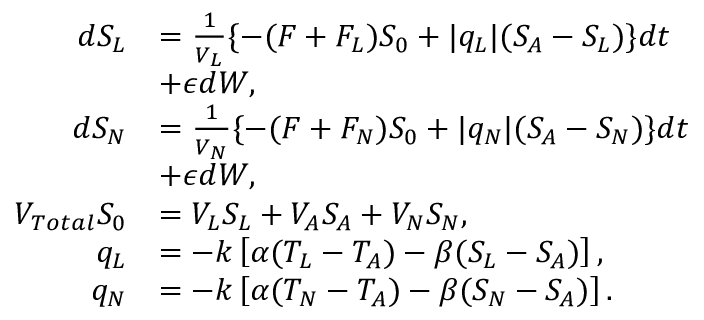
\begin{array} { r l } { d { S _ { L } } } & { = \frac { 1 } { V _ { L } } \{ - ( F + F _ { L } ) S _ { 0 } + | q _ { L } | ( S _ { A } - S _ { L } ) \} d t } \\ & { + \epsilon d W , } \\ { d { S _ { N } } } & { = \frac { 1 } { V _ { N } } \{ - ( F + F _ { N } ) S _ { 0 } + | q _ { N } | ( S _ { A } - S _ { N } ) \} d t } \\ & { + \epsilon d W , } \\ { V _ { T o t a l } S _ { 0 } } & { = V _ { L } S _ { L } + V _ { A } S _ { A } + V _ { N } S _ { N } , } \\ { q _ { L } } & { = - k \left[ \alpha ( T _ { L } - T _ { A } ) - \beta ( S _ { L } - S _ { A } ) \right] , } \\ { q _ { N } } & { = - k \left[ \alpha ( T _ { N } - T _ { A } ) - \beta ( S _ { N } - S _ { A } ) \right] . } \end{array}